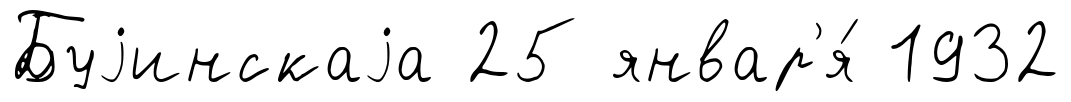
Буjинскаjа 25 январ'я́ 1932